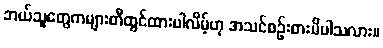
ဘယ်သူတွေကများတီထွင်ထားပါလိမ့်ဟု အသင်စဉ်းစားမိပါသလား။